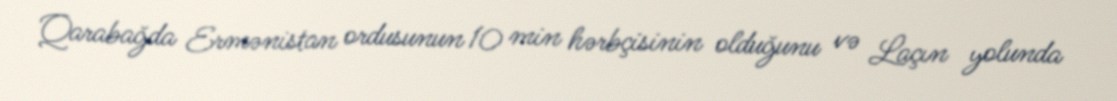
Qarabağda Ermənistan ordusunun 10 min hərbçisinin olduğunu və Laçın yolunda